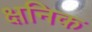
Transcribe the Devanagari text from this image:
क्षनिक